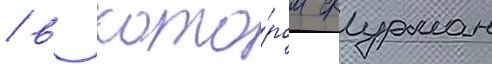
/ в кото́ром фурман